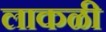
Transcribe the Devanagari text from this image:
लाकळी